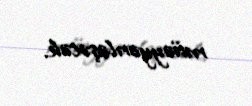
müəyyənləşəcək.